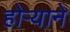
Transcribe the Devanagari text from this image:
होऱ्याने